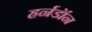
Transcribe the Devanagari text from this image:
हर्नडॉन